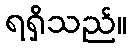
ရရှိသည်။